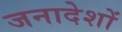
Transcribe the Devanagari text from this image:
जनादेशों